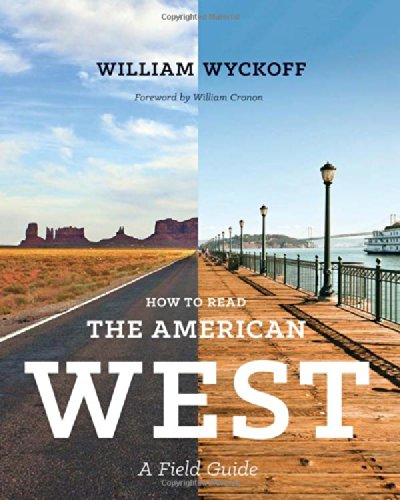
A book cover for How to Read the American West: A Field Guide (Weyerhaeuser Environmental Books); William Wyckoff; History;